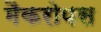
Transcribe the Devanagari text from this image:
मैकरोपस